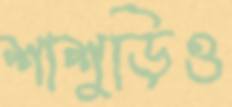
শাশুড়িও